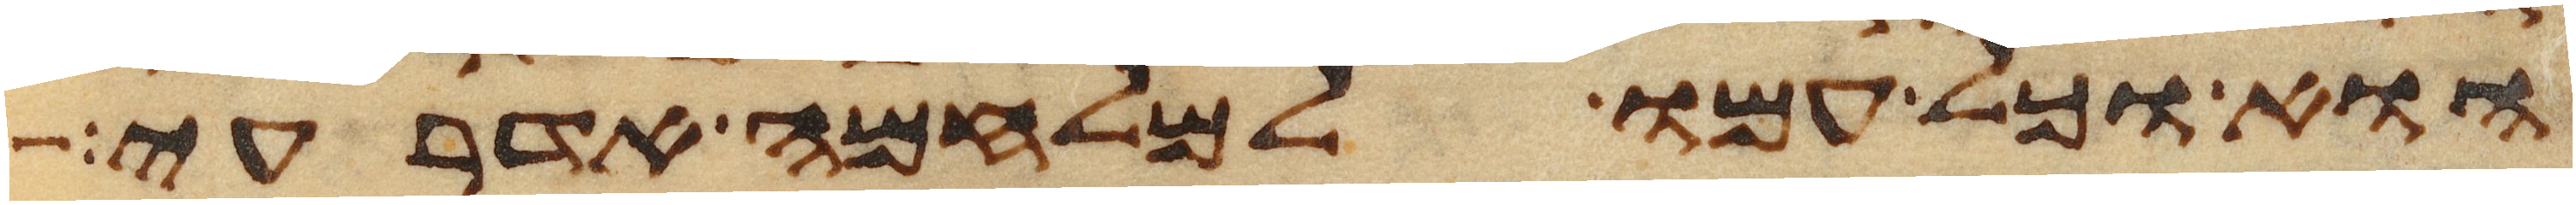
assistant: הוא וכל עמו למלחמה אדרעי